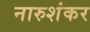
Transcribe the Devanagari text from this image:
नारुशंकर